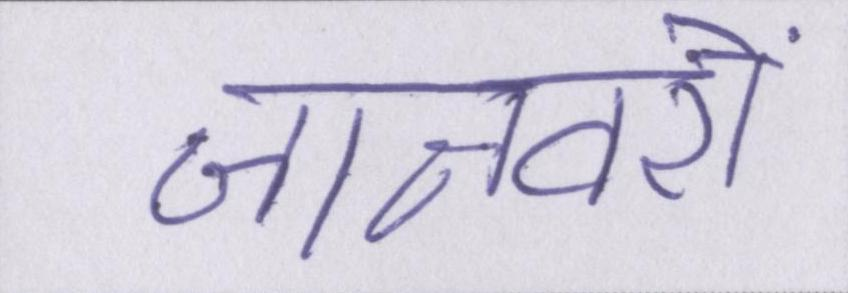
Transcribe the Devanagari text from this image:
जानवरों